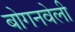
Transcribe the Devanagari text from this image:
बोगनवेली